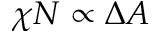
\chi N \propto \Delta A